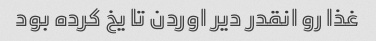
غذا رو انقدر دیر اوردن تا یخ کرده بود